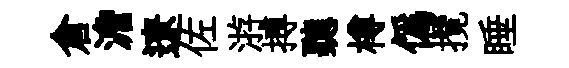
倉澹遼佐㳺搏聽樽僞攬睡